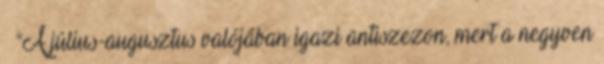
– “A július-augusztus valójában igazi antiszezon, mert a negyven